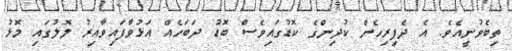
ތިބެވުނީއެވެ. އެ ދެފިރިހެން ކުދިންގެ ކޮޑުގައިވެސް ބޮޑު ދަބަހެއް އަޅުވާފައިވާއިރު ލޮލުގައި މޮޅު